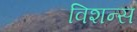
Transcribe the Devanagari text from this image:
विशन्स